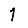
Digit: 1